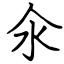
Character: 氽